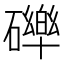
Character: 𮁏